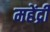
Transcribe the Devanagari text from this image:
महेंद्री